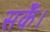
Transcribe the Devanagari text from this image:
सकेँ।